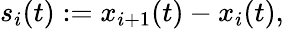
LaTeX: s_{i}(t):=x_{i+1}(t)-x_{i}(t),